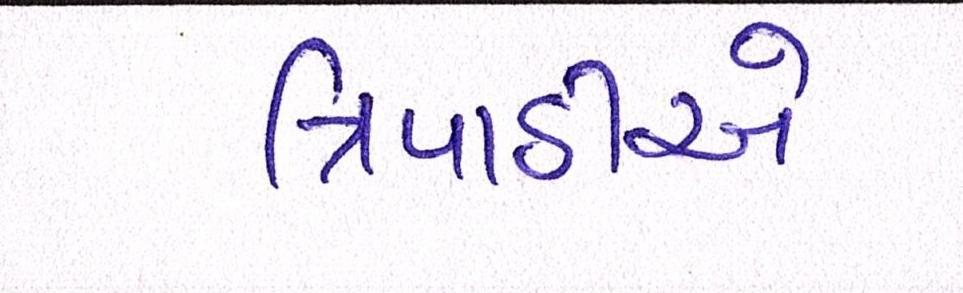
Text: ત્રિપાઠીએ